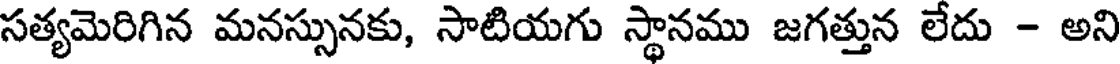
సత్యమెరిగిన మనస్సునకు, సాటియగు స్థానము జగత్తున లేదు - అని